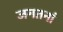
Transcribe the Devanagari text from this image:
जगतनां